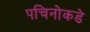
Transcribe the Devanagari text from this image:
पचिनोकडे